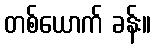
တစ်ယောက် ခန်း။